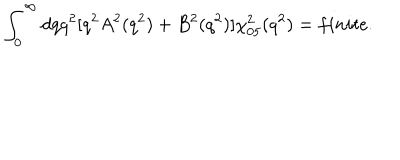
\int _ { 0 } ^ { \infty } d q q ^ { 2 } \lbrack q ^ { 2 } A ^ { 2 } ( q ^ { 2 } ) + B ^ { 2 } ( q ^ { 2 } ) \rbrack \chi _ { 0 5 } ^ { 2 } ( q ^ { 2 } ) = f i n i t e .